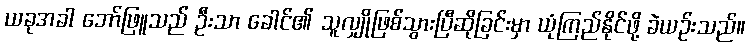
ယခုအခါ ဘော်ဖြူသည် ဦးသာ ခေါင်၏ သူလျှိုဖြစ်သွားပြီဆိုခြင်းမှာ ယုံကြည်နိုင်ဖို့ ခဲယဉ်းသည်။